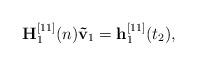
LaTeX: \begin{align*}{\bf{H}}_1^{[11]}(n){{\bf{\tilde v}}_1} = {\bf{h}}_1^{[11]}({t_2}),\end{align*}